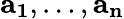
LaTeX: \mathbf{a_{1}},\ldots,\mathbf{a_{n}}